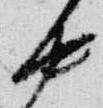
中